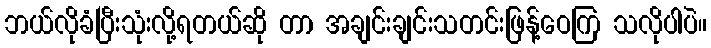
ဘယ်လိုခံပြီးသုံးလို့ရတယ်ဆို တာ အချင်းချင်းသတင်းဖြန့်ဝေကြ သလိုပါပဲ။